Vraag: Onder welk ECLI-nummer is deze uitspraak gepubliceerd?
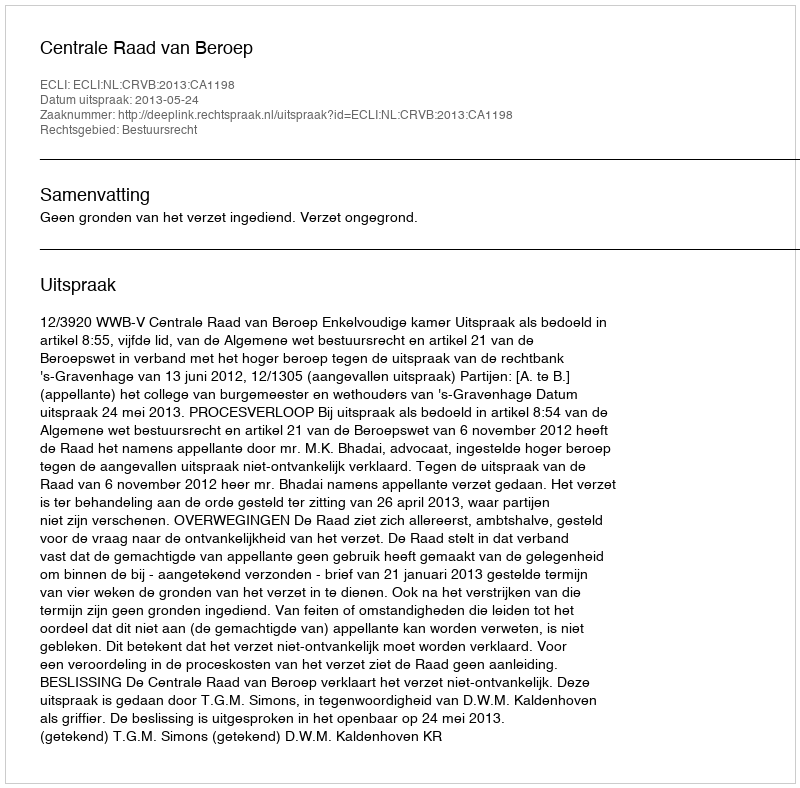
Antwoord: ECLI:NL:CRVB:2013:CA1198